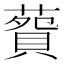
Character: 𦺲